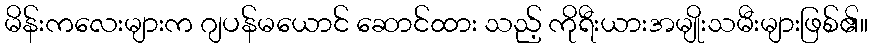
မိန်းကလေးများက ဂျပန်မယောင် ဆောင်ထား သည့် ကိုရီးယားအမျိုးသမီးများဖြစ်၏။